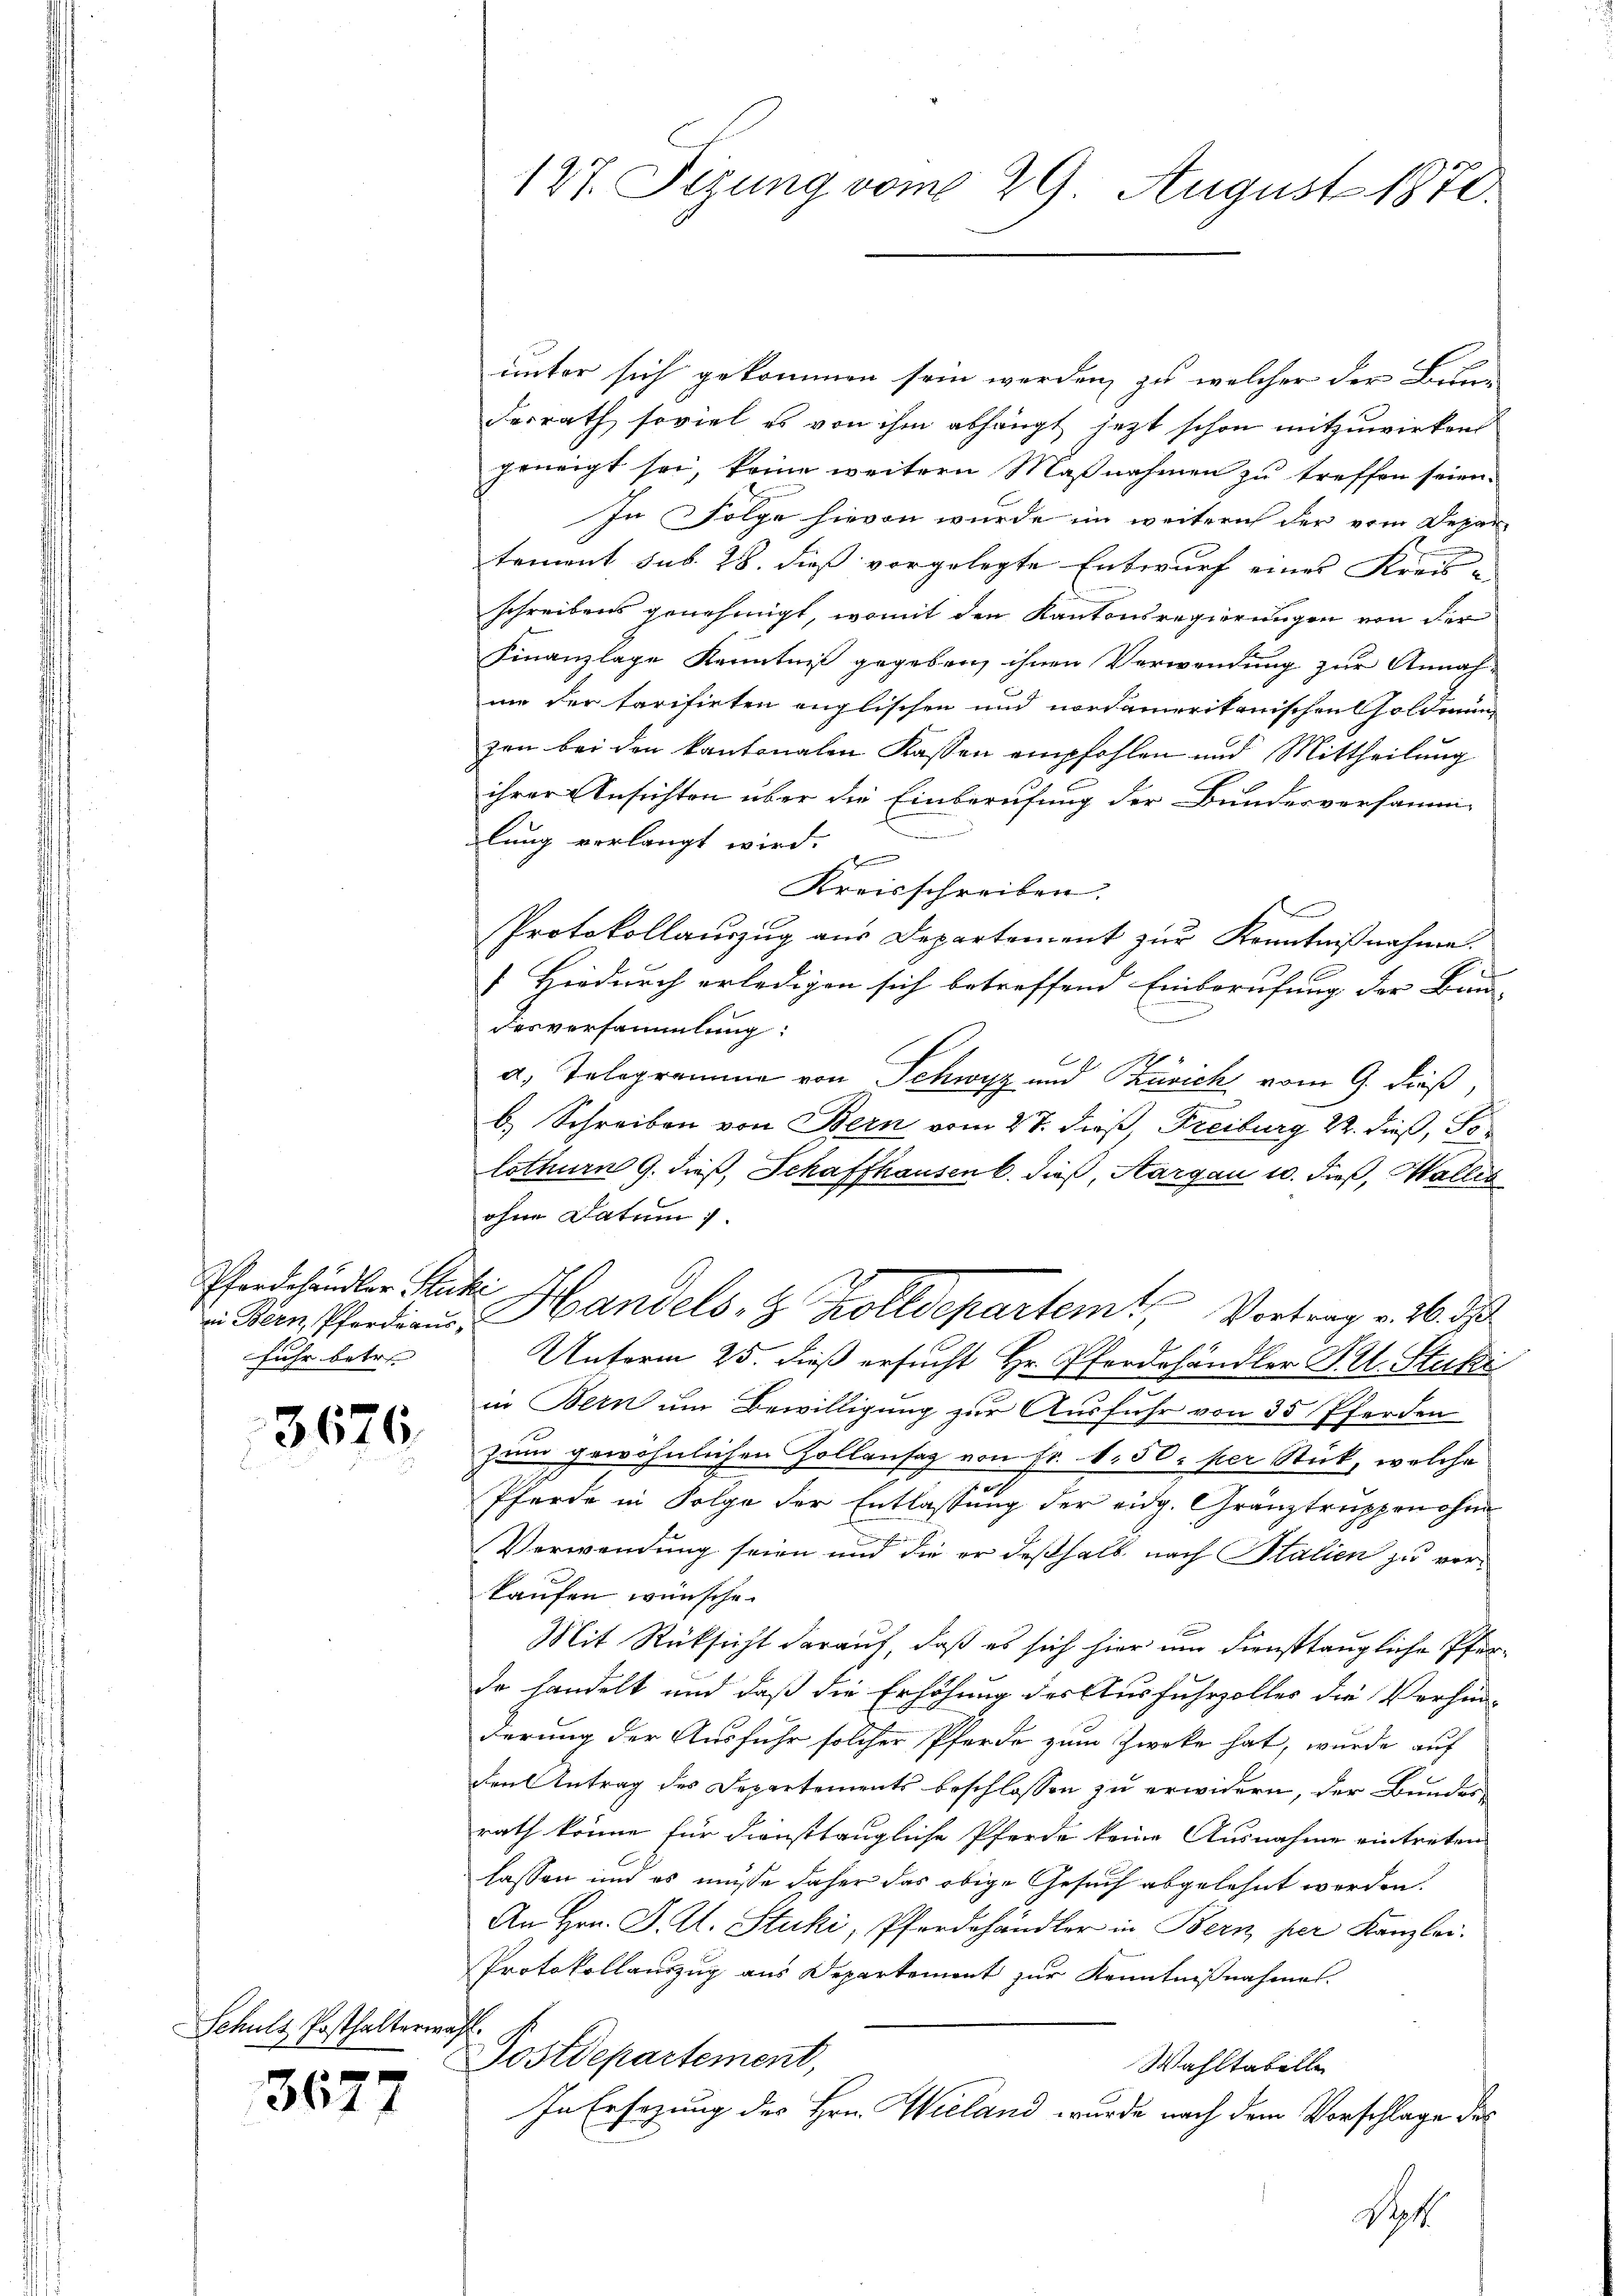
Pferdehändler Stucki
fuhr betre

3676.

Schulz Posthalterma¬

3677

127. Sizung vom 29. August 1870.

unter sich gekommen sein werden, zu welcher der Bundesrath soviel es von ihm abhängt jetzt schon mitzuwirken
geneigt sei, keine weitern Maßnahmen zu treffen seien.
In Folge hievon wurde im weiterich der vom Depar
tement sub. 28. dieß vorgelegte Entwurf eines Kreis-
schreibens genehmigt, womit den Kantonsregierungen von der
Finanzlage Kenntniß gegeben, ihnen Verwendung zur Annah-
mm der tarifirten englischen und nordamerikanischen Goldmung
zen bei den kantonalen Kassen empfohlen und Mittheilung
ihrer Ansichten über die Einberufung der Bundesversamm-
lung verlangt wird.
Kreisschreiben.
Protokollauszug aus Departement zur Kenntnißnahme.
Hiedurch erledigen sich betreffend Einberufung der Bind- |
.
desversammlung:
a. Telegramme von Schwyz und Zürich vom 9. dieß,
b. Schreiben von Bern vom 27. dieß, Freiburg 22. dieß, Tolothurn 9. dieß, Schaffhausen 6. dieß, Aargau 10. dieß, Wallis
ohne Datum).
.
 Kein Pferdiene Handels- & Zolldepartem Vortrag v. 26. ds
Unterm 25. dieß ersucht Hr. Pferdehändler B. Stucki
in Bern um Bewilligung zur Ausfuhr von 35 Pferden
zum gewöhnlichen Zollansaz von Fr. 1.50 per Stück, welche
i
Pferde in Folge der Entlassung der eidg. Gränztruppen ohne
Verwendung seien und die er deßhalb nach Italien zu vorkaufen wünsche.
Mit Rücksicht darauf, daß es sich hier um diensttaugliche Pfarde handelt und daß die Erhöhung des Ausfuhrzoller die Verhänderung der Ausfuhr solcher Pferde zum Zwecke hat, wurde auf
Frantrag des Departements beschlossen zu erwidern, der Bundes-
rath könne für diensttaugliche Pferde keine Ausnahme eintreten
lassen und es müsse daher das obige Gesuch abgelehnt werden.
An Hrn. F. L. Stuki, Pferdehändler in Bern, per Kanzlei.
Protokollauszug aus Departement zur Kenntnißnahmes.
h
Postdepartement,
Wahltabelle
In Ersezung des Hrn. Wieland wurde nach dem Vorschlage des
Sept